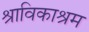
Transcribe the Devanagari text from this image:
श्राविकाश्रम